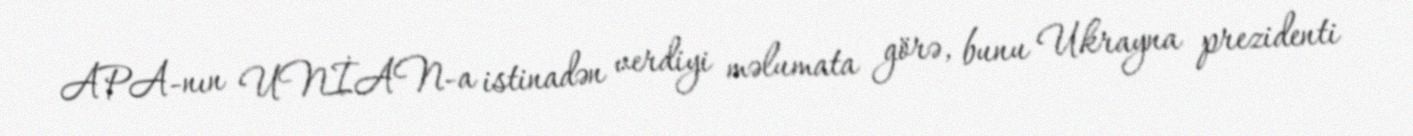
APA-nın UNİAN-a istinadən verdiyi məlumata görə, bunu Ukrayna prezidenti